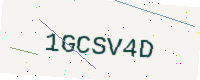
Text: 1GCSV4D